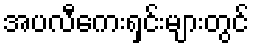
အပလီကေးရှင်းများတွင်